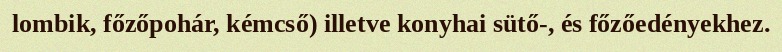
lombik, főzőpohár, kémcső) illetve konyhai sütő-, és főzőedényekhez.